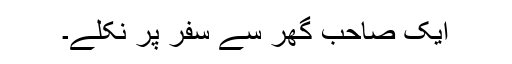
ایک صاحب گھر سے سفر پر نکلے۔